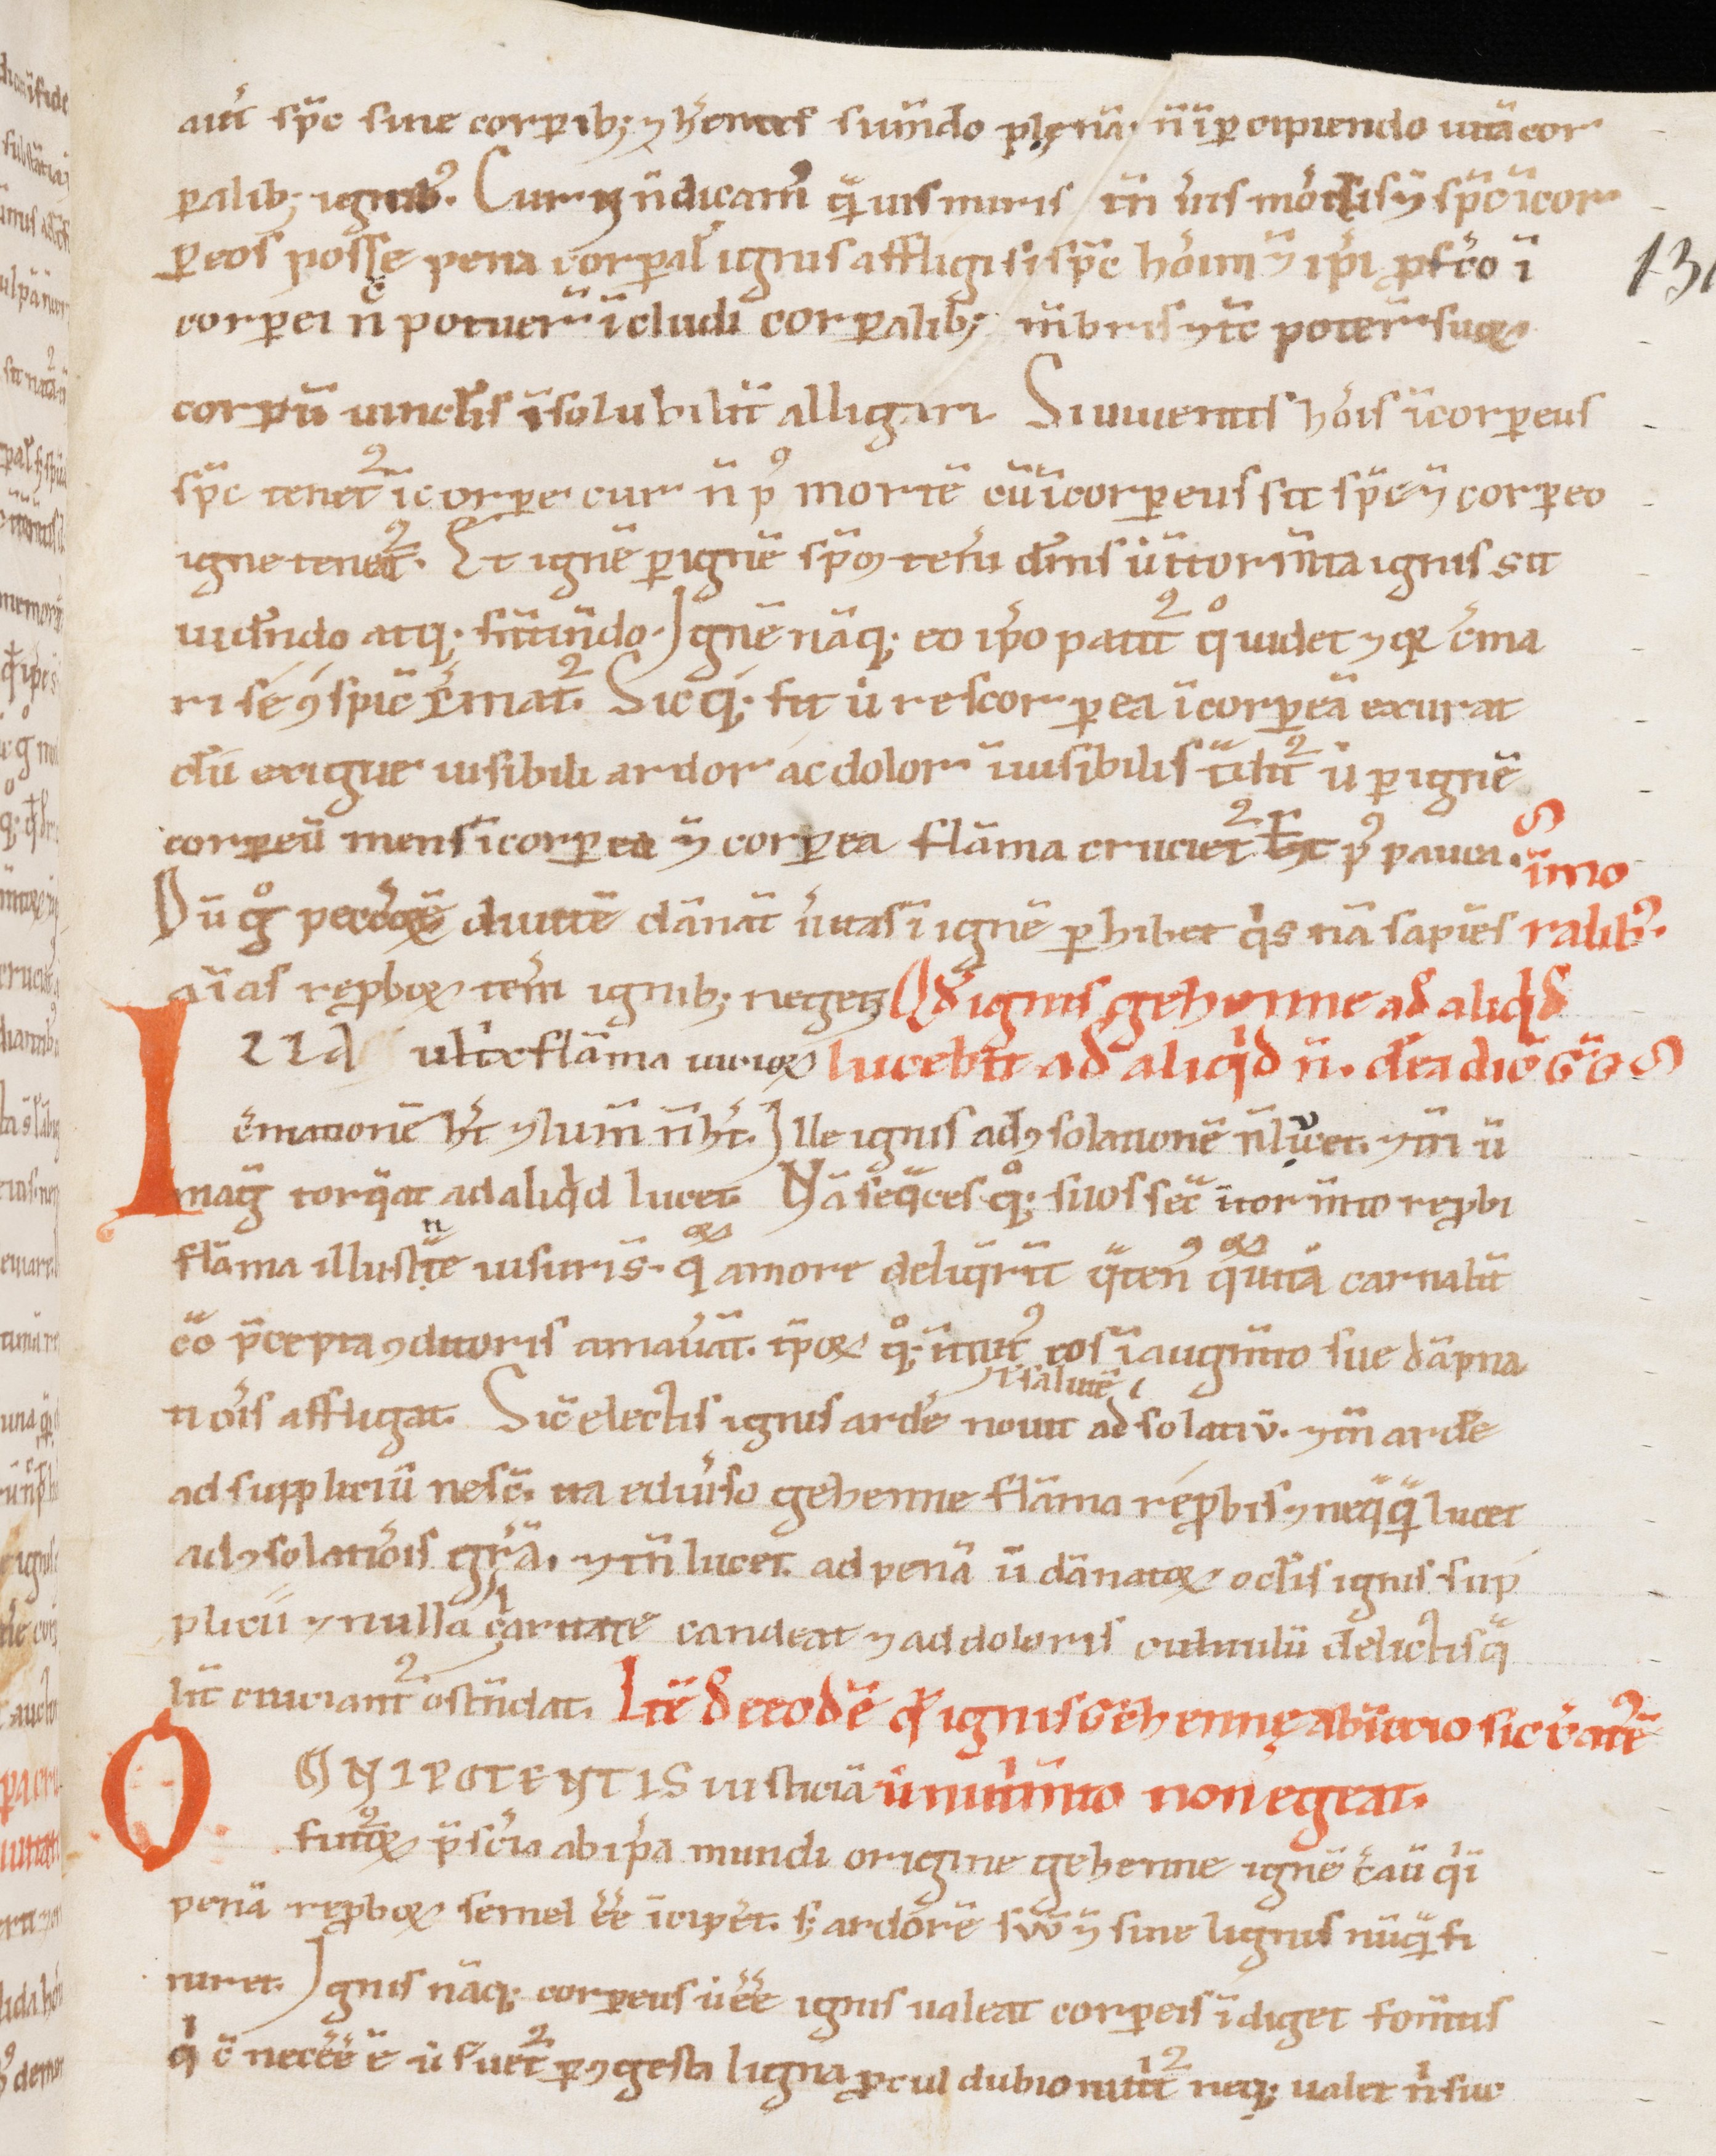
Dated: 1100–1199